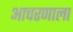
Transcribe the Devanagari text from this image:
आचरणाला